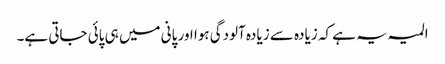
المیہ یہ ہے کہ زیادہ سے زیادہ آلودگی ہوا اور پانی میں ہی پائی جاتی ہے۔